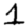
Digit: 1